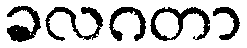
ခလဂတာ